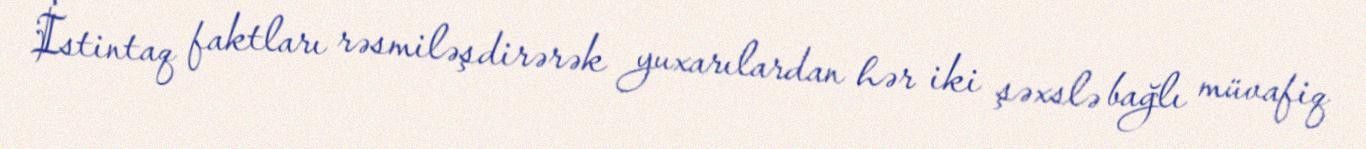
İstintaq faktları rəsmiləşdirərək yuxarılardan hər iki şəxslə bağlı müvafiq